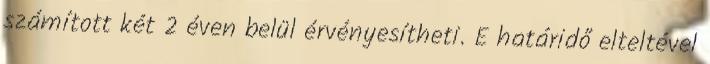
számított két 2 éven belül érvényesítheti. E határidő elteltével